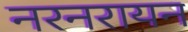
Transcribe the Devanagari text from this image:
नरनरायन